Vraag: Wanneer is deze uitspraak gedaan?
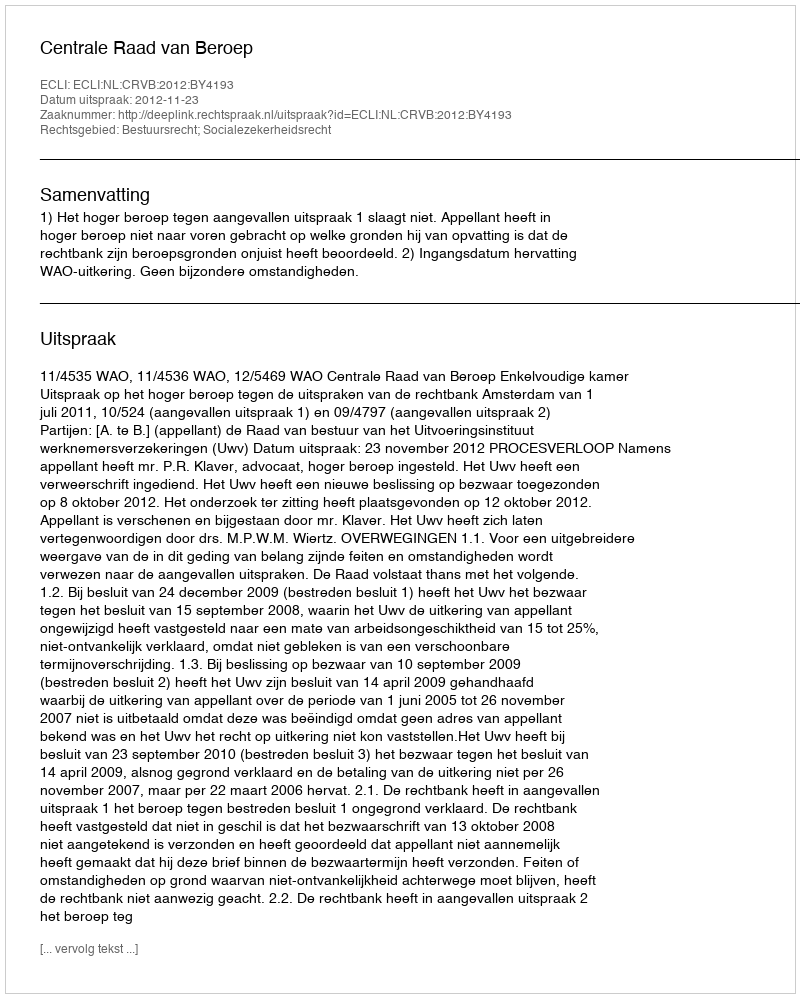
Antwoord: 2012-11-23